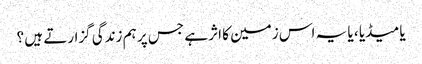
یا میڈیا ، یا یہ اس زمین کا اثر ہے جس پر ہم زندگی گزارتے ہیں ؟